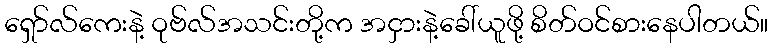
ရှော်လ်ကေးနဲ့ ဝုဗ်လ်အသင်းတို့က အငှားနဲ့ခေါ်ယူဖို့ စိတ်ဝင်စားနေပါတယ်။